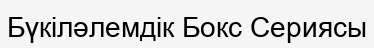
Бүкіләлемдік Бокс Сериясы